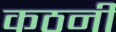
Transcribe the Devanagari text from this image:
कठनी